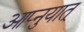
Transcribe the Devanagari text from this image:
आप्नुयात्